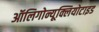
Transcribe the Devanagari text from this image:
ऑलिगोन्यूक्लियोटाइड